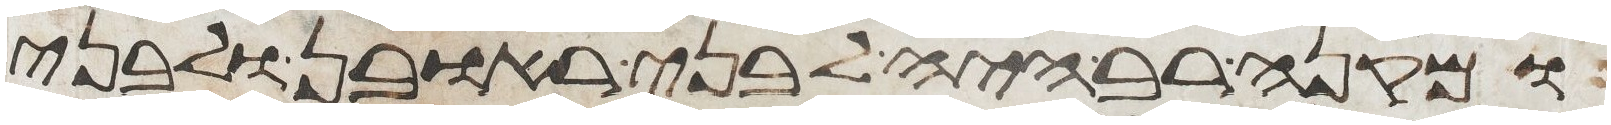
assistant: ומקנה רב היה לבני ראובן ולבני